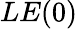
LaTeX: LE(0)